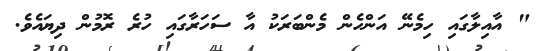
" އާއިލާގައި ހިމެނޭ އަންހެން މެންބަރަކު އާ ސަހަރާގައި ހުރެ ރޮމުން ދިޔައެވެ.